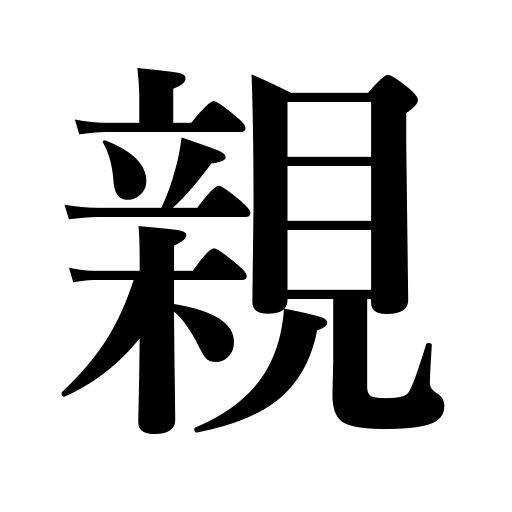
Meanings: intimacy,have a liking for,friendly,parent,intimate,be intimate with,parents,relative,familiar,take habitually,dealer in card games,banker in gambling